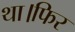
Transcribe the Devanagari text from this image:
था।फिर